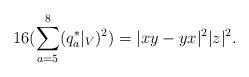
LaTeX: \begin{align*}16(\sum_{a=5}^8(q^*_a|_V)^2)=|xy-yx|^2|z|^2. \end{align*}